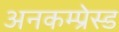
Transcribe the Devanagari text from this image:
अनकम्प्रेस्ड